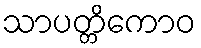
သာပတ္တိကောဝ